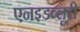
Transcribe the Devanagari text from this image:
एनइडब्लूटी